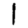
Digit: 1